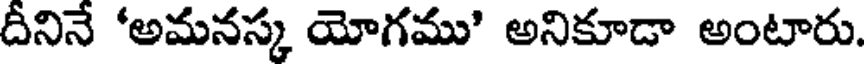
దీనినే 'అమనస్క యోగము' అనికూడా అంటారు.